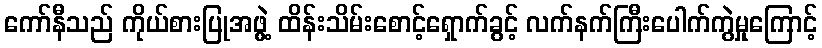
ကော်နီသည် ကိုယ်စားပြုအဖွဲ့ ထိန်းသိမ်းစောင့်ရှောက်ခွင့် လက်နက်ကြီးပေါက်ကွဲမှုကြောင့်